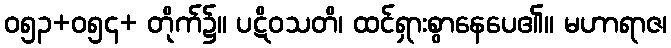
ဝ၅၃+ဝ၅၄+ တိုက်၌။ ပဋိဝသတိ၊ ထင်ရှားစွာနေပေ၏။ မဟာရာဇ၊